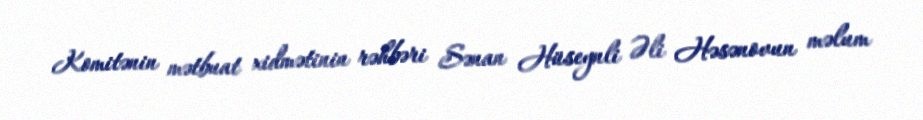
Komitənin mətbuat xidmətinin rəhbəri Sənan Hüseynli Əli Həsənovun məlum